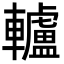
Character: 轤